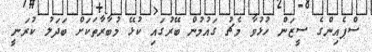
ސްޕެއިންގެ ސީޒަން ހުޅުވާ މެޗު ގައުމުން ބޭރުގައި ކުޅޭ މުބާރާތަކަށް ބަދަލު ކުރަނީ